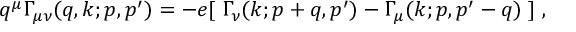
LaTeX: q ^ { \mu } \Gamma _ { \mu \nu } ( q , k ; p , p ^ { \prime } ) = - e [ \; \Gamma _ { \nu } ( k ; p + q , p ^ { \prime } ) - \Gamma _ { \mu } ( k ; p , p ^ { \prime } - q ) \; ] \; ,